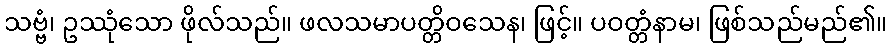
သဗ္ဗံ၊ ဥဿုံသော ဖိုလ်သည်။ ဖလသမာပတ္တိဝသေန၊ ဖြင့်။ ပဝတ္တံနာမ၊ ဖြစ်သည်မည်၏။